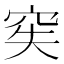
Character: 𥥌